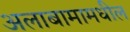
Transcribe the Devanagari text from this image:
अलाबामामधील